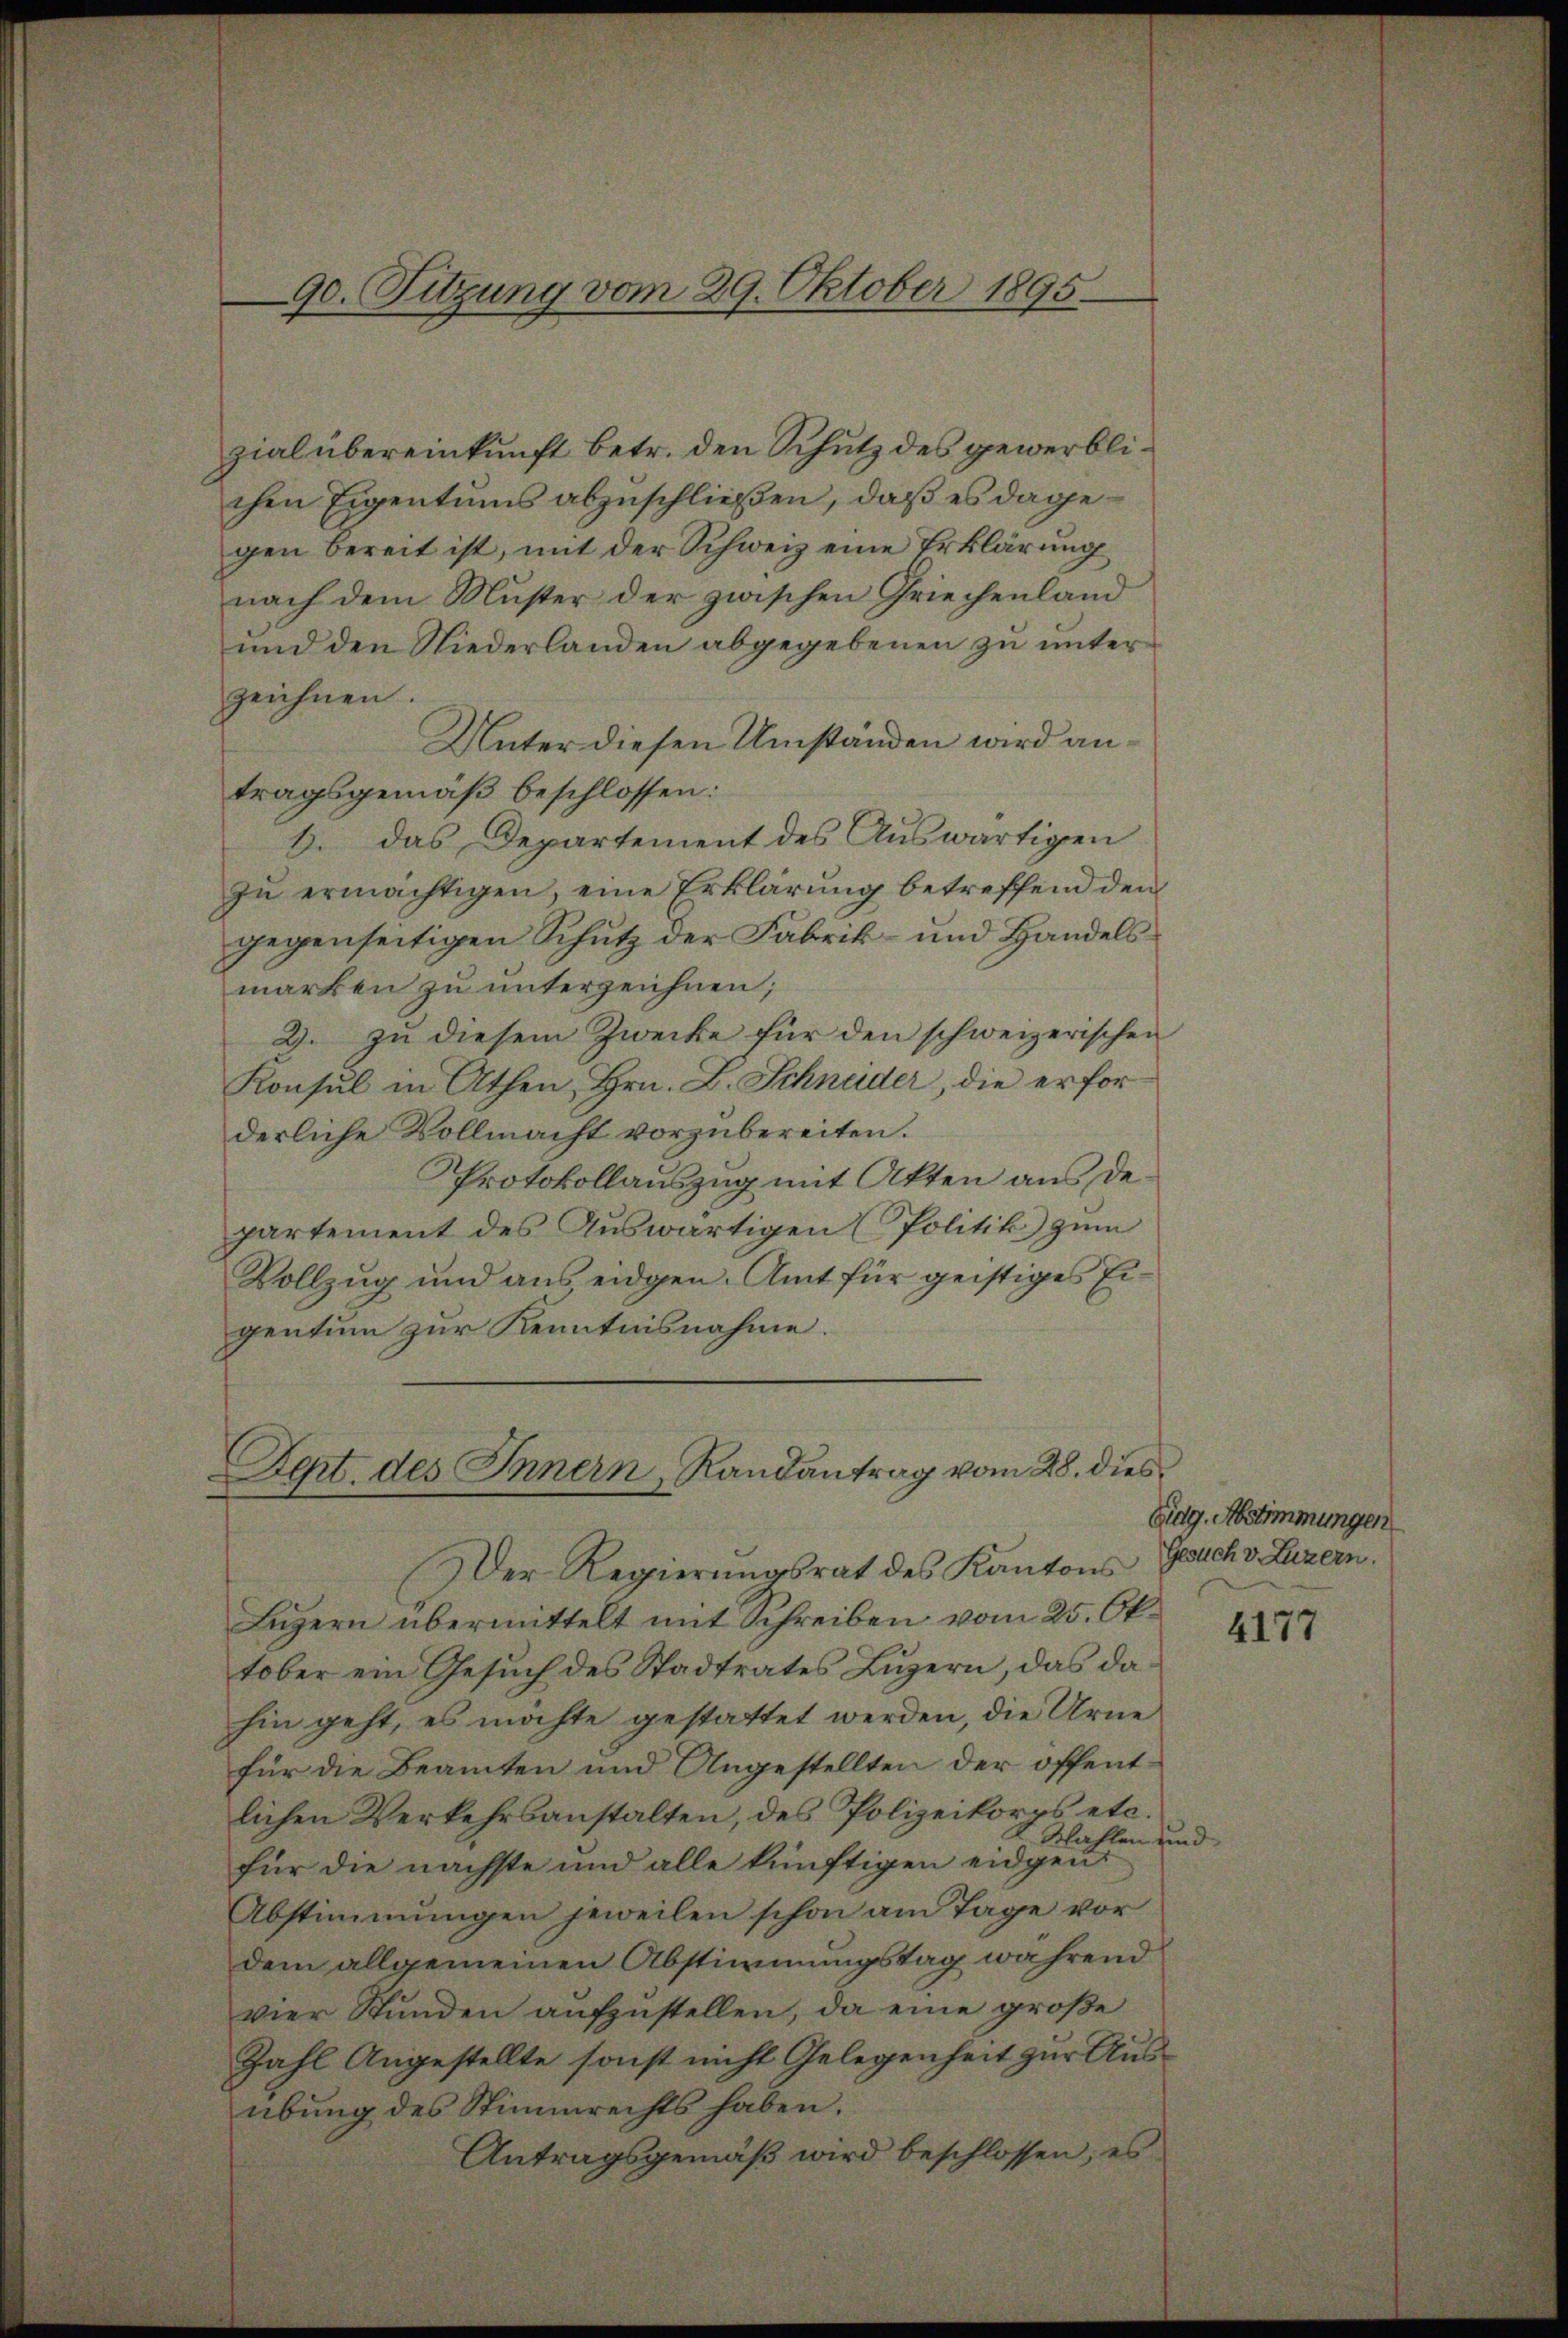
90. Sitzung vom 29. Oktober 1895.

zial übereinkunft betr. den Schutz des gewerblichen Eigentums abzuschließen, daß es dagegen bereit ist, mit der Schweiz eine Erklärung
nach dem Muster der zwischen Griechenland
und den Niederlanden abgegebenen zu unter
zeichnen.
Unter diesen Umständen wird antragsgemäß beschlossen:
b. das Departement des Auswärtigen
zu ermächtigen, eine Erklärung betreffend den
gegenseitigen Schutz der Fabrik- und Handels
marken zu unterzeichnen;
3. Zu diesem Zwecke für den schweizerischen
Konsul in Athen, Hrn. L. Schnuder, die erfor
derliche Vollmacht vorzubereiten.
Protokollauszug mit Akten aus de
partement des Auswärtigen (Politik zum
Vollzug und aus eidgen. Amt für geistiges Eigentum zur Kenntnisnahme.

Zept. des Innern, Randantrag vom 28. dies

Der Regierungsrat des Kantons
Luzern übermittelt mit Schreiben vom 25. Oktober ein Gesuch des Stadtrates Luzern, das dahin geht, es möchte gestattet werden, die Urne
für die Beamten und Angestellten der öffentlichen Verkehrsanstalten, des Polizeikorps etc.
Wahlen und
für die nächste und alle künftigen eidgen
Abstimmungen jeweilen schon am Tage vor
dem allgemeinen Abstimmungstag während
vier Stunden aufzustellen, da eine große
Zahl Angestellte sonst nicht Gelegenheit zur Ausübung des Stimmrechts haben.
Antragsgemäß wird beschlossen; es

Eidg. Abstimmungen
Gesuch v. Luzern.

4177